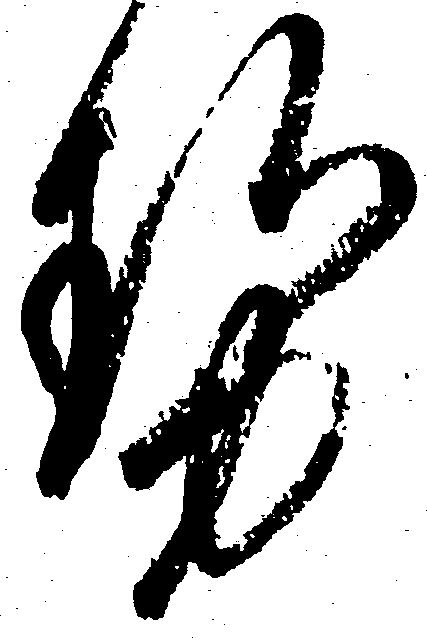
せ